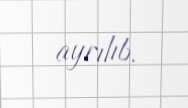
ayrılıb.